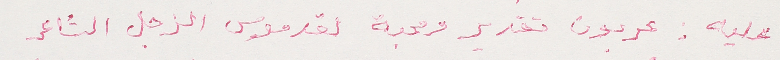
عليه. عربون تقدير ومحبة لقدموس الزجل الشاعر